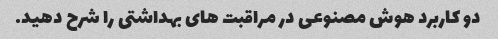
دو کاربرد هوش مصنوعی در مراقبت های بهداشتی را شرح دهید.